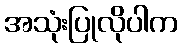
အသုံးပြုလိုပါက